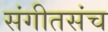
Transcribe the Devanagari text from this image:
संगीतसंच